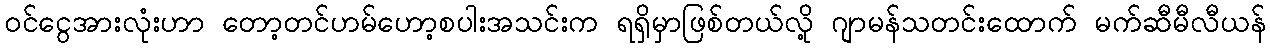
ဝင်ငွေအားလုံးဟာ တော့တင်ဟမ်ဟော့စပါးအသင်းက ရရှိမှာဖြစ်တယ်လို့ ဂျာမန်သတင်းထောက် မက်ဆီမီလီယန်